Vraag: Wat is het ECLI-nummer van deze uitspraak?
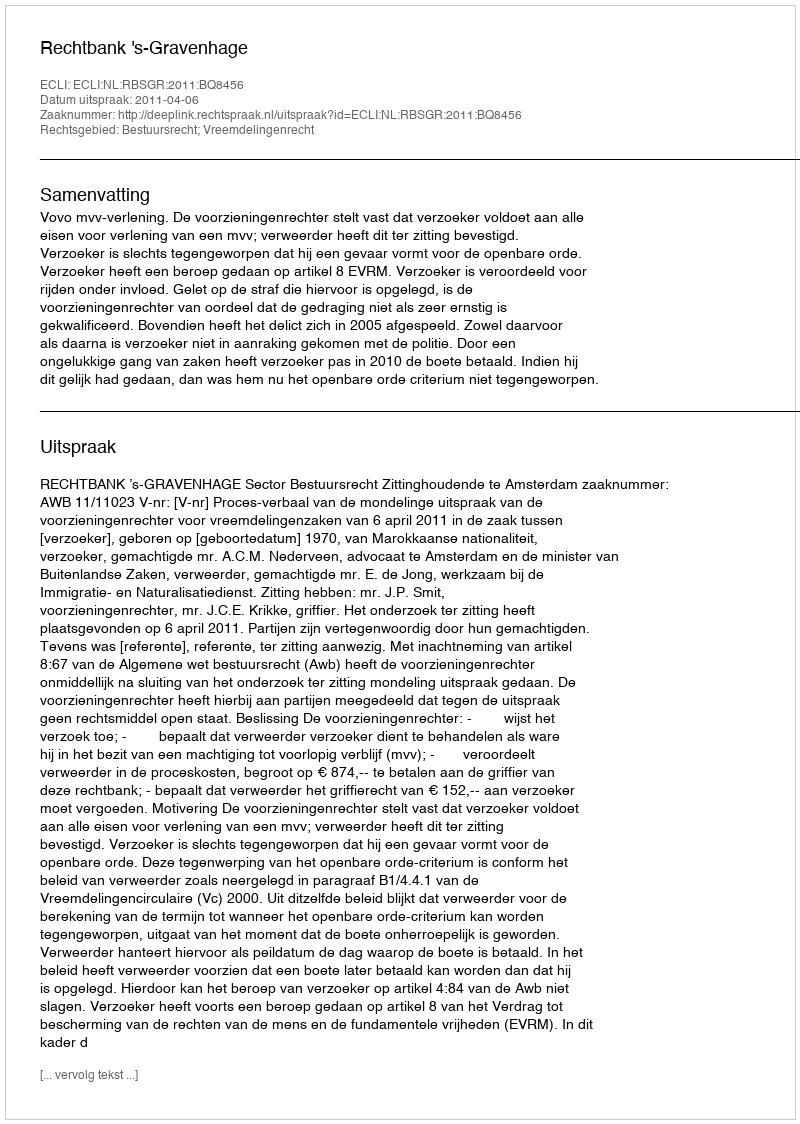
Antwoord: ECLI:NL:RBSGR:2011:BQ8456